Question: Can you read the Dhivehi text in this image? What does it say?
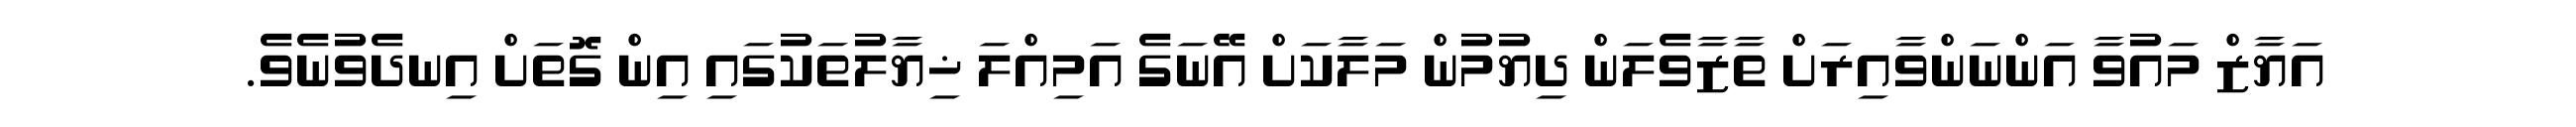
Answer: އަޔާޒް މައުވާ އަންނަންވާއިރަށް ތާޒާވެލަން ދިޔުމުން މަލާކަށް އޭނަގެ އަމިއްލަ ޚިޔާލުތަކުގައި އިން ގޮތަށް އިނދެވުނެވެ.